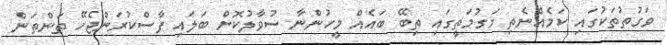
ވަގުތުތަކުގައި ކަމެއްނެތި މަގުމަތީގައި ތިބޭ ބައެއް މީހުންނާ ސުވާލުކޮށް ބަލައި ފާސްކުރަންޖެހޭ ތަންތަން